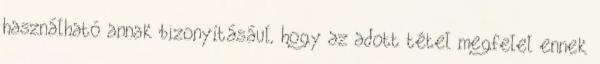
használható annak bizonyításául, hogy az adott tétel megfelel ennek